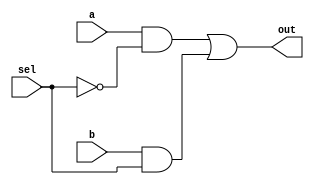
//Design:
module mux_2x1(out,sel,a,b);
input a,b,sel;
output out;
wire w1,w2,w3;
not(w1,sel);
and(w2,a,w1);
and(w3,b,sel);
or(out,w2,w3);
endmodule